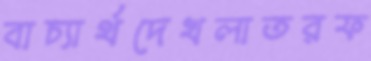
বাচ্যার্থদেখলাতরফ